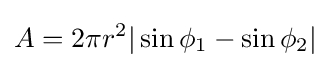
A=2\pi r^{2}|\sin \phi _{1}-\sin \phi _{2}|